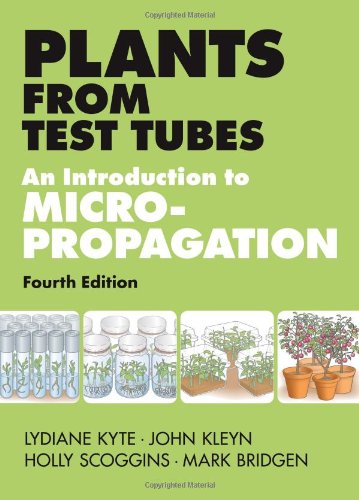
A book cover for Plants from Test Tubes: An Introduction to Micropropogation, 4th Edition; Holly Scoggins; Crafts, Hobbies & Home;